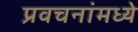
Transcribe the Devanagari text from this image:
प्रवचनांमध्ये